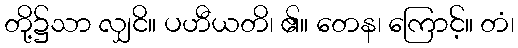
တို့၌သာ လျှငိ။ ပဟီယတိ၊ ၏။ တေန၊ ကြောင့်။ တံ၊